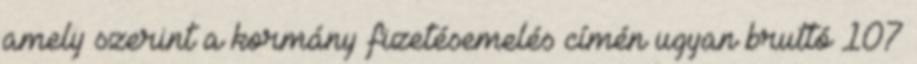
amely szerint a kormány fizetésemelés címén ugyan bruttó 107